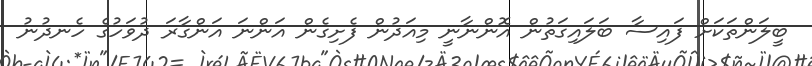
ބީލަންތަކަށް ފައިސާ ބަލައިގަތުން އޮންނާނީ މިއަދުން ފެށިގެން އަންނަ އަންގާރަ ދުވަހުގެ ހެނދުނު